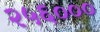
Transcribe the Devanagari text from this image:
२५६०००